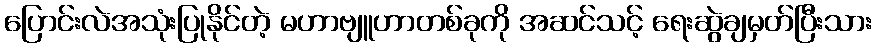
ပြောင်းလဲအသုံးပြုနိုင်တဲ့ မဟာဗျူဟာတစ်ခုကို အဆင်သင့် ရေးဆွဲချမှတ်ပြီးသား